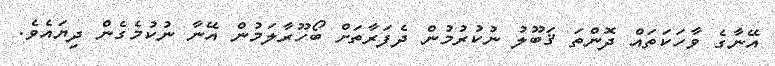
އޭނާގެ ވާހަކަތައް ދޮންތަ ޤަބޫލު ނުކުރުމުން ދެފަރާތަށް ބޯހޫރާލަމުން އޭނާ ނުކުމެގެން ދިޔައެވެ.